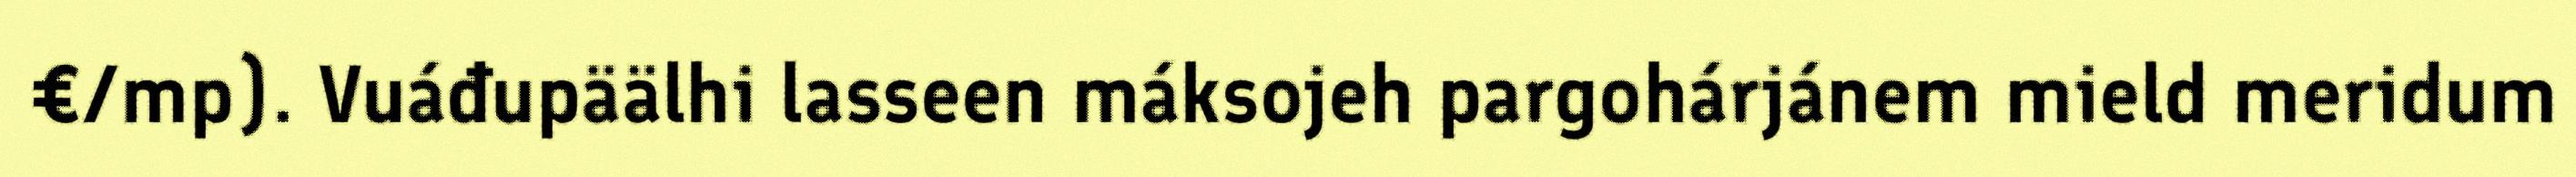
€/mp). Vuáđupäälhi lasseen máksojeh pargohárjánem mield meridum